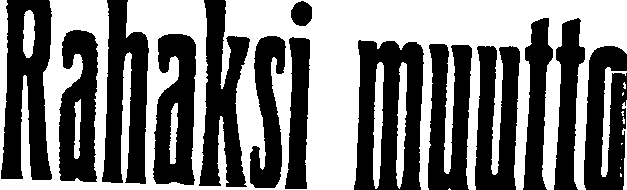
Rahaksi muutto